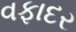
વફાદર